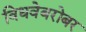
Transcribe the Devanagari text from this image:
विधवेबरोबर